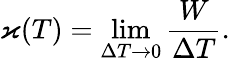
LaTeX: \varkappa(T)=\operatorname*{lim}_{\Delta T\to 0}\frac{W}{\Delta T}.